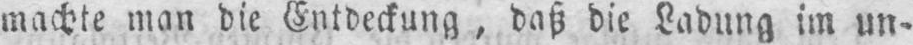
machte man die Entdeckung, daß die Ladung im un⸗